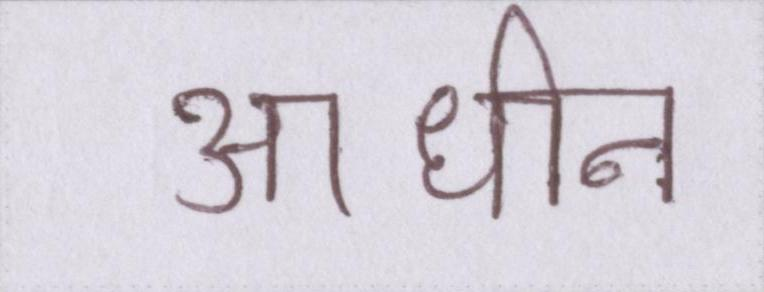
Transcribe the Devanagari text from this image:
आधीन